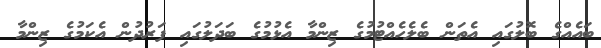
ބައެއްގެ ބޮލުގައި އެތަން ބެލެހެއްޓުމުގެ ޒިންމާ އެޅުމުގެ ބަދަލުގައި ފަރުދުން އެކަމުގެ ޒިންމާ